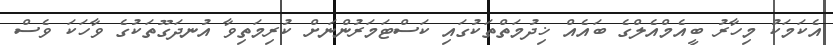
އެކަމަކު މިހާރު ބީއެމްއެލްގެ ބައެއް ޚިދުމަތްތަކުގައި ކަސްޓަމަރުންނަށް ކުރިމަތިވާ އުނދަގޫތަކުގެ ވާހަކަ ވެސް